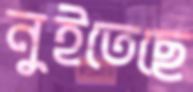
নুইতেছে